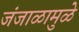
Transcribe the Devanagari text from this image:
जंजाळामुळे